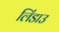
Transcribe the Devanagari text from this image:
लिंडाउ